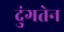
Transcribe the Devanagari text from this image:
दुंगतेन